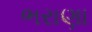
ભરાણા